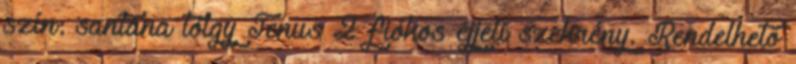
szín: santana tölgy Tenus 2 fiókos éjjeli szekrény. Rendelhető